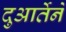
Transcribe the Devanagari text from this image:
दुआर्तेने